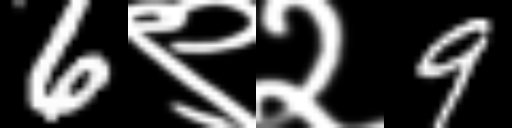
Text: 6९२9